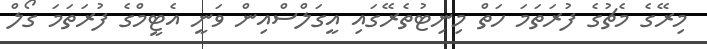
މިރޭގެ މެޗުގެ ފުރަތަމަ ހަތް މިނިޓުތެރޭގައި އީގަލްސްއިން ވަނީ އެޓީމްގެ ފުރަތަމަ ގޯލް